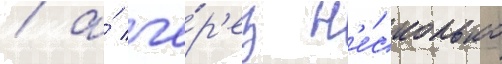
/ а́ че́р'ез н'е́сколько